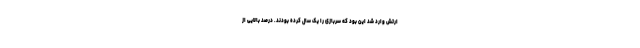
ارتش وارد شد این بود که سربازی را یک سال کرده بودند. درصد بالایی از